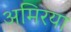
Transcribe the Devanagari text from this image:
अमिरया